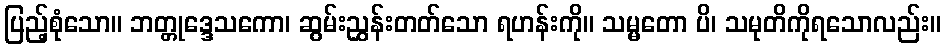
ပြည့်စုံသော။ ဘတ္တုဒ္ဒေသကော၊ ဆွမ်းညွှန်းတတ်သော ရဟန်းကို။ သမ္မတော ပိ၊ သမုတိကိုရသောလည်း။